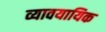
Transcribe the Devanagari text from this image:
व्यावयायिक